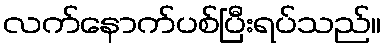
လက်နောက်ပစ်ပြီးရပ်သည်။